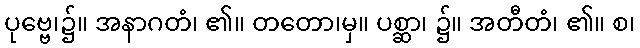
ပုဗ္ဗေ၊၌။ အနာဂတံ၊ ၏။ တတော၊မှ။ ပစ္ဆာ၊ ၌။ အတီတံ၊ ၏။ စ၊